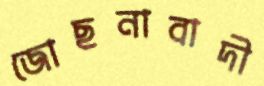
জোছনাবাদী